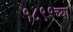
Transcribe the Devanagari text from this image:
१८९९च्या